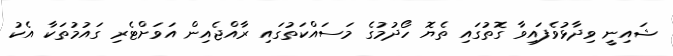
ޝައިނީ ވިދާޅުވެފައިވާ ގޮތުގައި ތެޔޮ ހޯދުމުގެ މަސައްކަތުގައި ރާއްޖެއިން އަވަށްޓެރި ގައުމުތަކާ އެކު